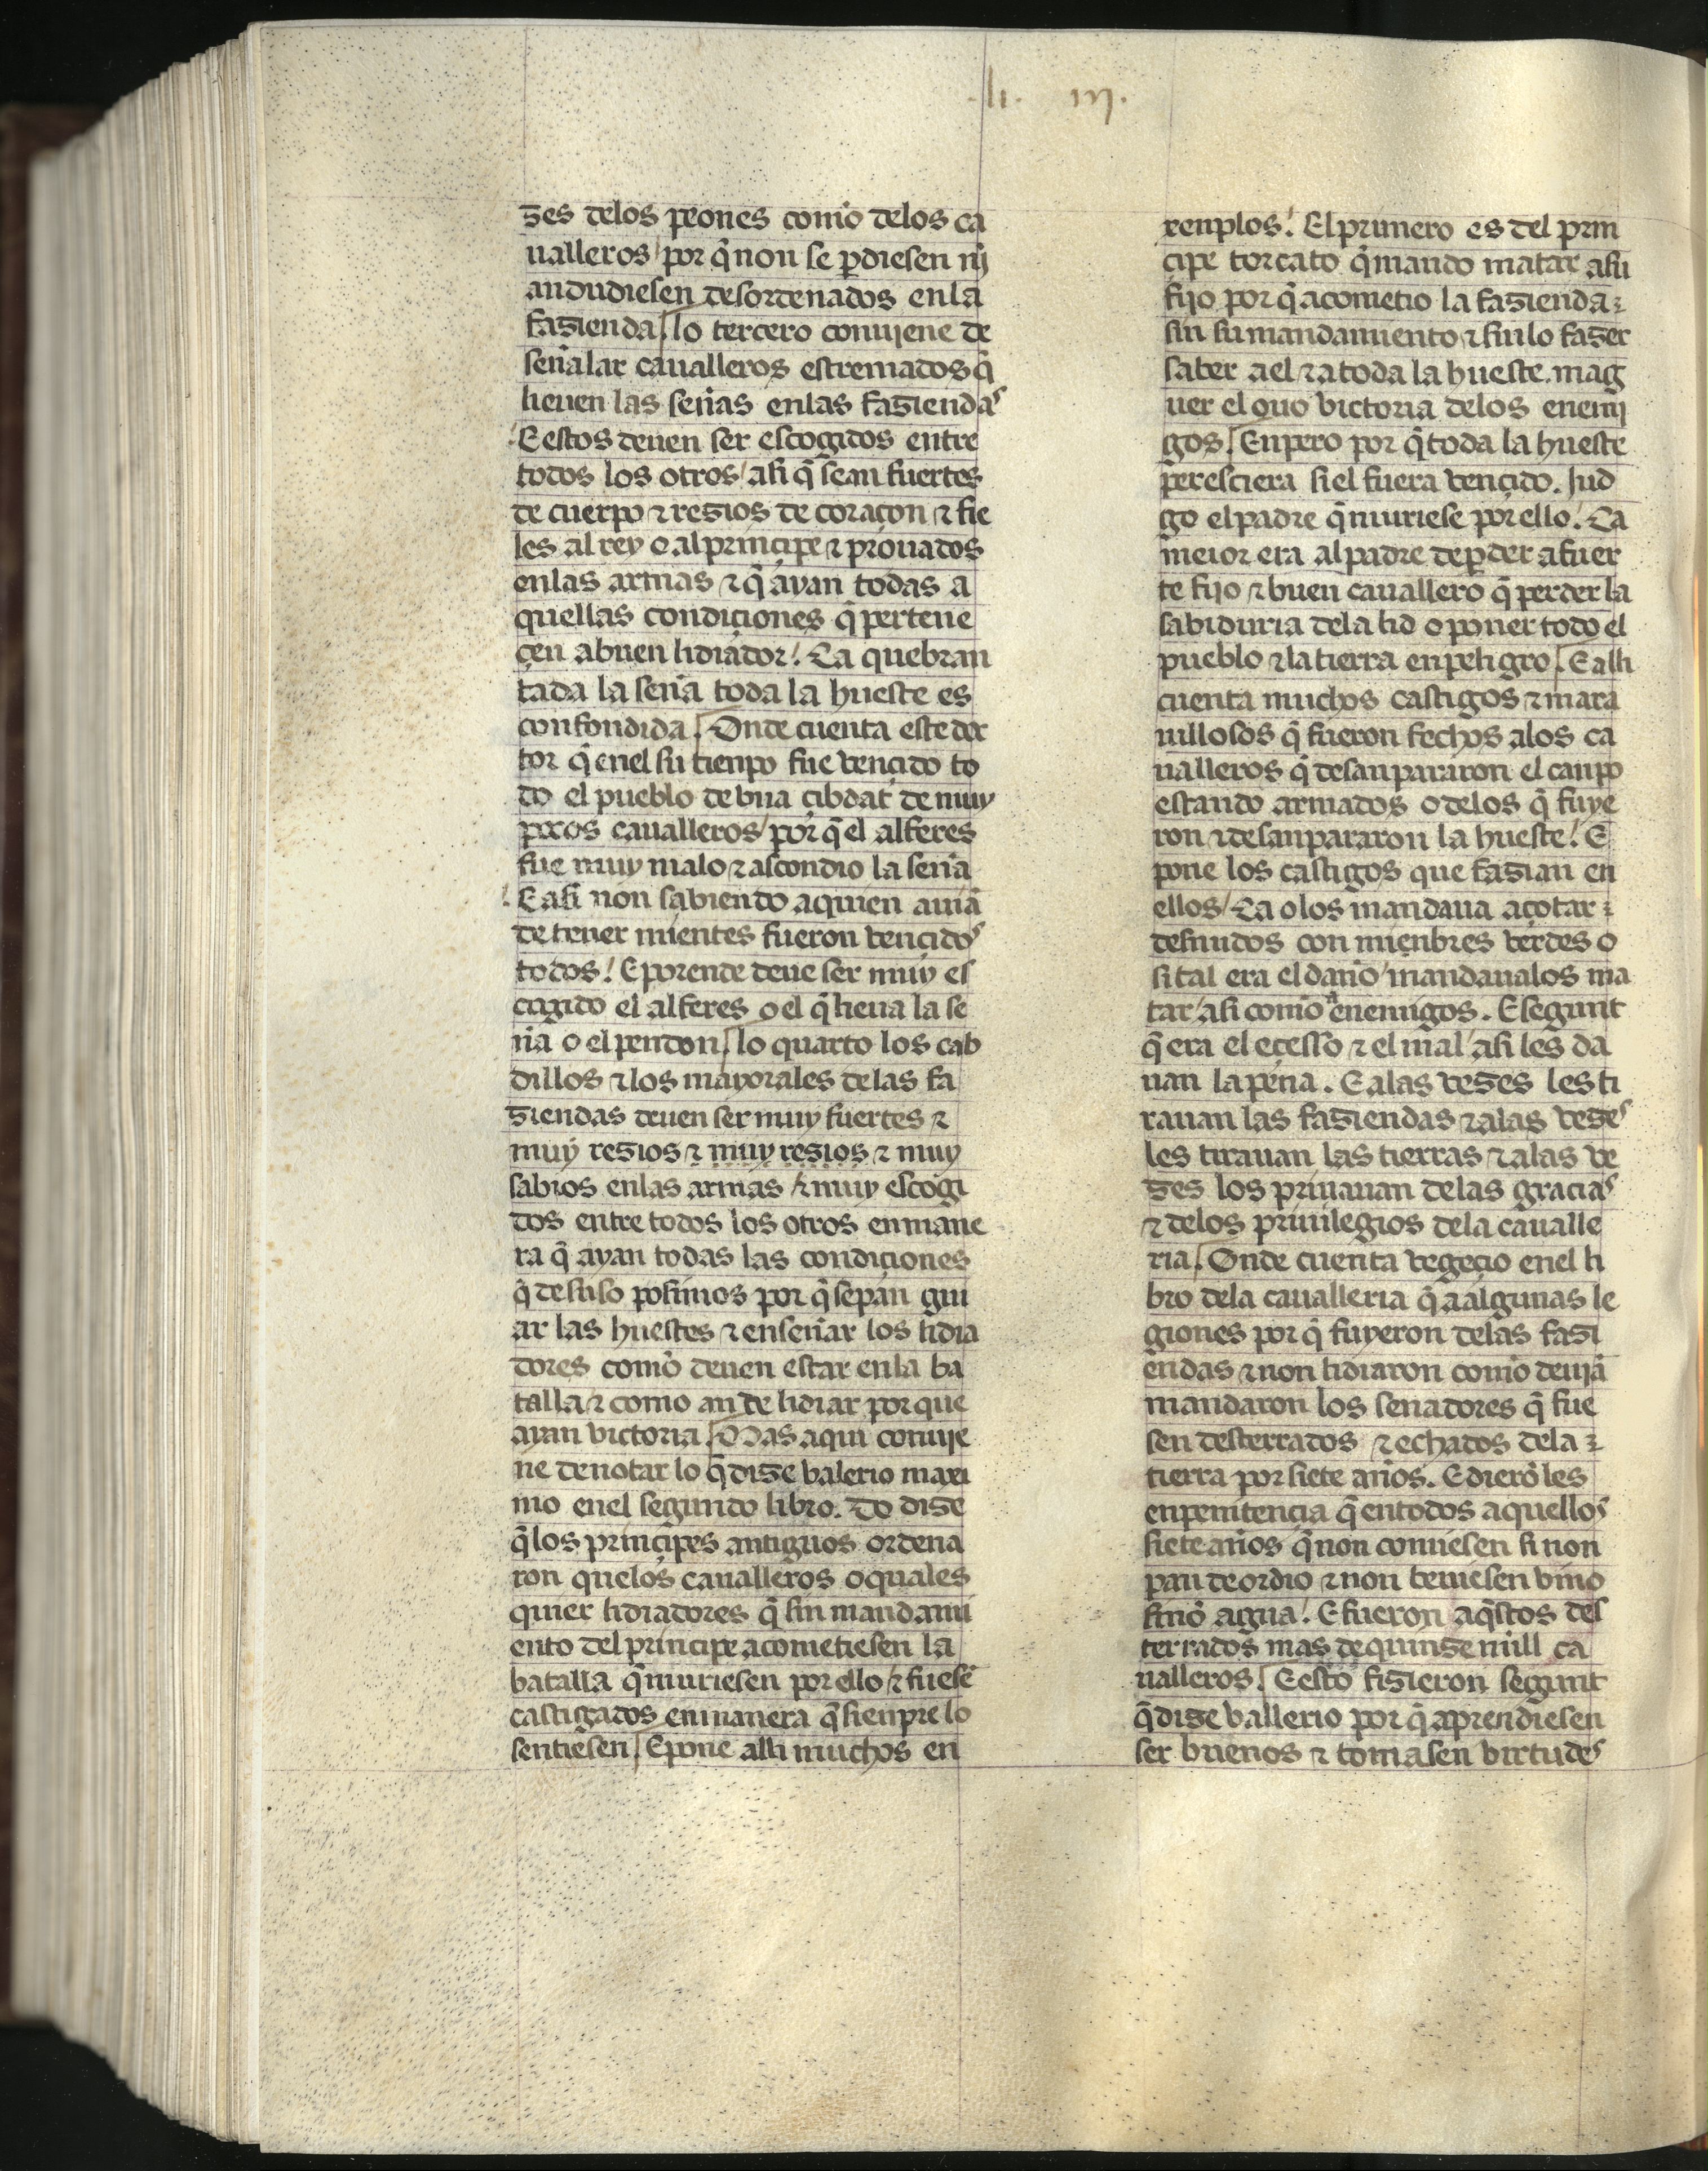
Shelfmark: Madrid, Fundación Lázaro Galdiano, mss 289
Century: 15